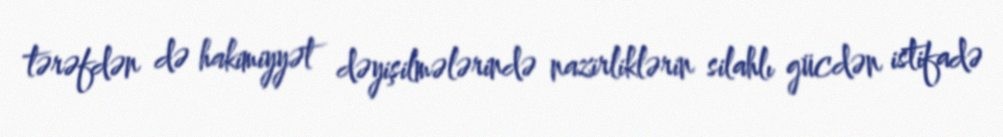
tərəfdən də hakimiyyət dəyişilmələrində nazirliklərin silahlı gücdən istifadə